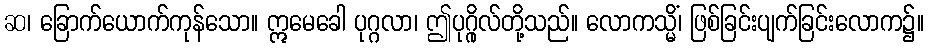
ဆ၊ ခြောက်ယောက်ကုန်သော။ ဣမေခေါ ပုဂ္ဂလာ၊ ဤပုဂ္ဂိုလ်တို့သည်။ လောကသ္မိံ၊ ဖြစ်ခြင်းပျက်ခြင်းလောက၌။